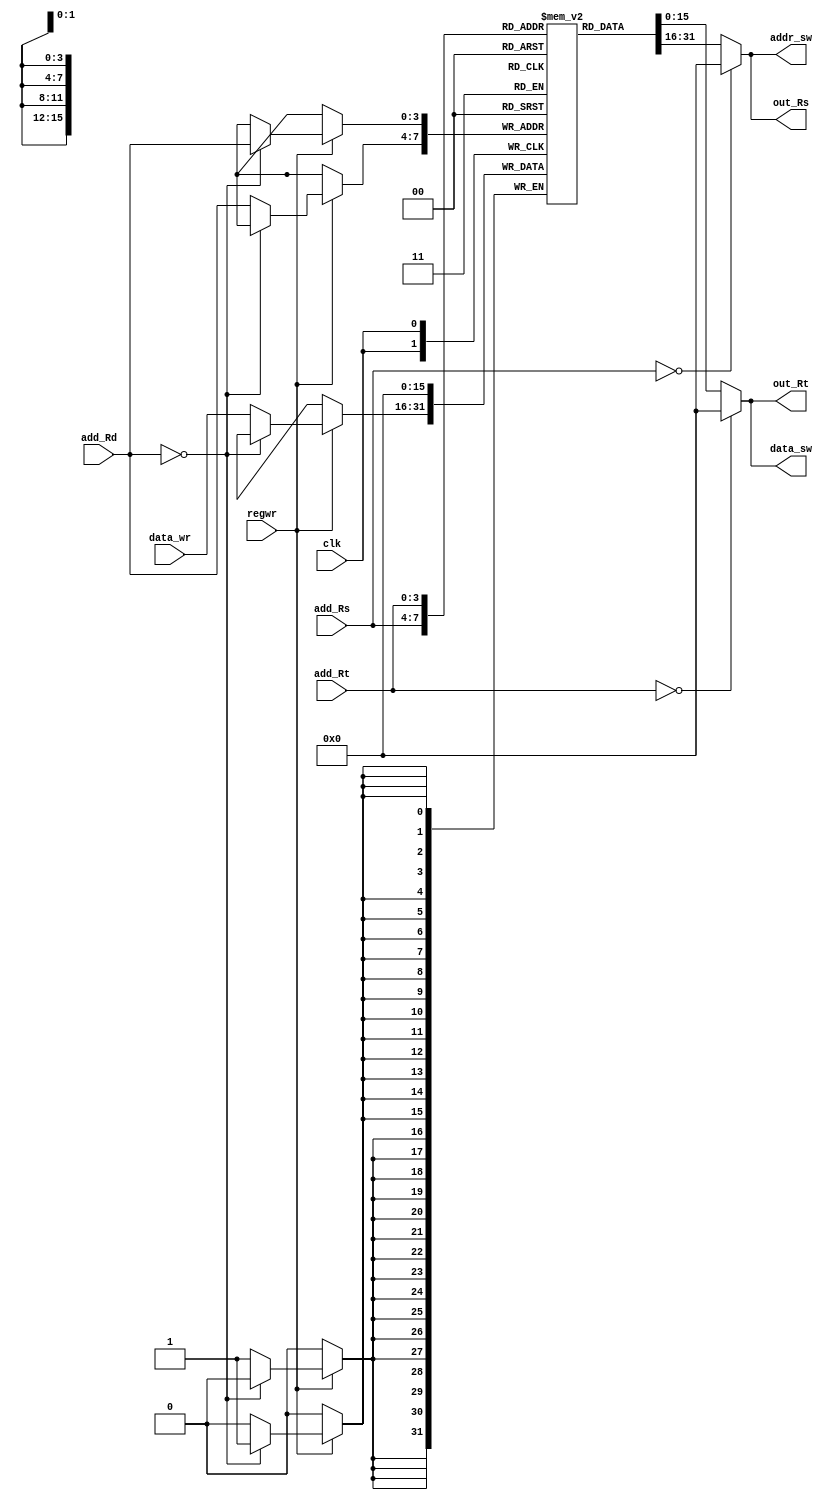
/*************************************************************
Design Name 	: 
File Name   	: .v
Function    	: Register File which contains 16 Register of 16 bits
Coder		    	: 
Last Modified	: 
*************************************************************/

module regfile16(add_Rs, out_Rs, add_Rt, out_Rt, add_Rd, data_wr, regwr,data_sw,addr_sw,clk);
	input [3:0] add_Rs, add_Rt, add_Rd;
	input regwr, clk;
	input [15:0] data_wr;
	output [15:0] out_Rs, out_Rt,data_sw,addr_sw;
	
	reg[15:0] Register[0:15];
	reg [15:0] out_Rs, out_Rt;
	wire [15:0] addr_sw,data_sw;

	assign addr_sw = out_Rs;
	assign data_sw = out_Rt;

	always @ (posedge clk)
	begin
		if(regwr)
		begin
			if (add_Rd == 4'b0)
				Register[add_Rd] = 16'b0;//if it is zero ,the output must be zero only
			else
				Register[add_Rd] = data_wr;
		$display("At this posedge Register %d of Regfile is written %h",add_Rd,data_wr);
		end
	end

	always @ (add_Rs or add_Rt)
	begin
		if (add_Rs ==4'b0)
			out_Rs = 16'b0;// if it is zero register,then give the content as zero only
		else
			out_Rs = Register[add_Rs];
		
		if (add_Rt == 4'b0)
			out_Rt = 16'b0;// if it is zero register,then give the content as zero only
		else
			out_Rt = Register[add_Rt];
	end
	
endmodule